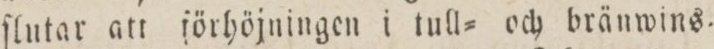
ſlutar att förhöjningen i tull= och bränwins.